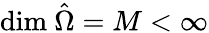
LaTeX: \mathrm{dim}\ \hat{\Omega}=M<\infty